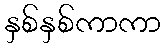
နှစ်နှစ်ကာကာ